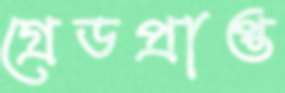
গ্রেডপ্রাপ্ত